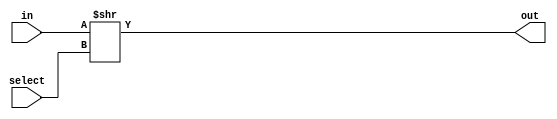
module AmplitudeSelector(
    input [1:0] select,
    input [7:0] in,
    output [7:0] out
);
    assign out = in >> select;
endmodule